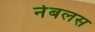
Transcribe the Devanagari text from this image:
नेबलस